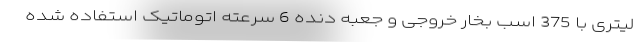
لیتری با 375 اسب بخار خروجی و جعبه دنده 6 سرعته اتوماتیک استفاده شده